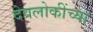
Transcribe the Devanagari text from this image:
देवलोकींच्या